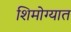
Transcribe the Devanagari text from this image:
शिमोग्यात